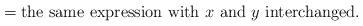
LaTeX: \begin{align*}=\mbox{the same expression with $x$ and $y$ interchanged.}\end{align*}